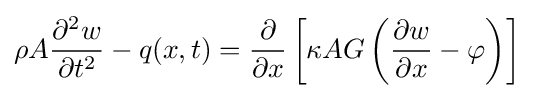
\rho A{\frac {\partial ^{2}w}{\partial t^{2}}}-q(x,t)={\frac {\partial }{\partial x}}\left[\kappa AG\left({\frac {\partial w}{\partial x}}-\varphi \right)\right]